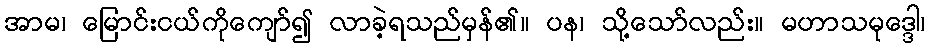
အာမ၊ မြောင်းငယ်ကိုကျော်၍ လာခဲ့ရသည်မှန်၏။ ပန၊ သို့သော်လည်း။ မဟာသမုဒ္ဒေါ၊